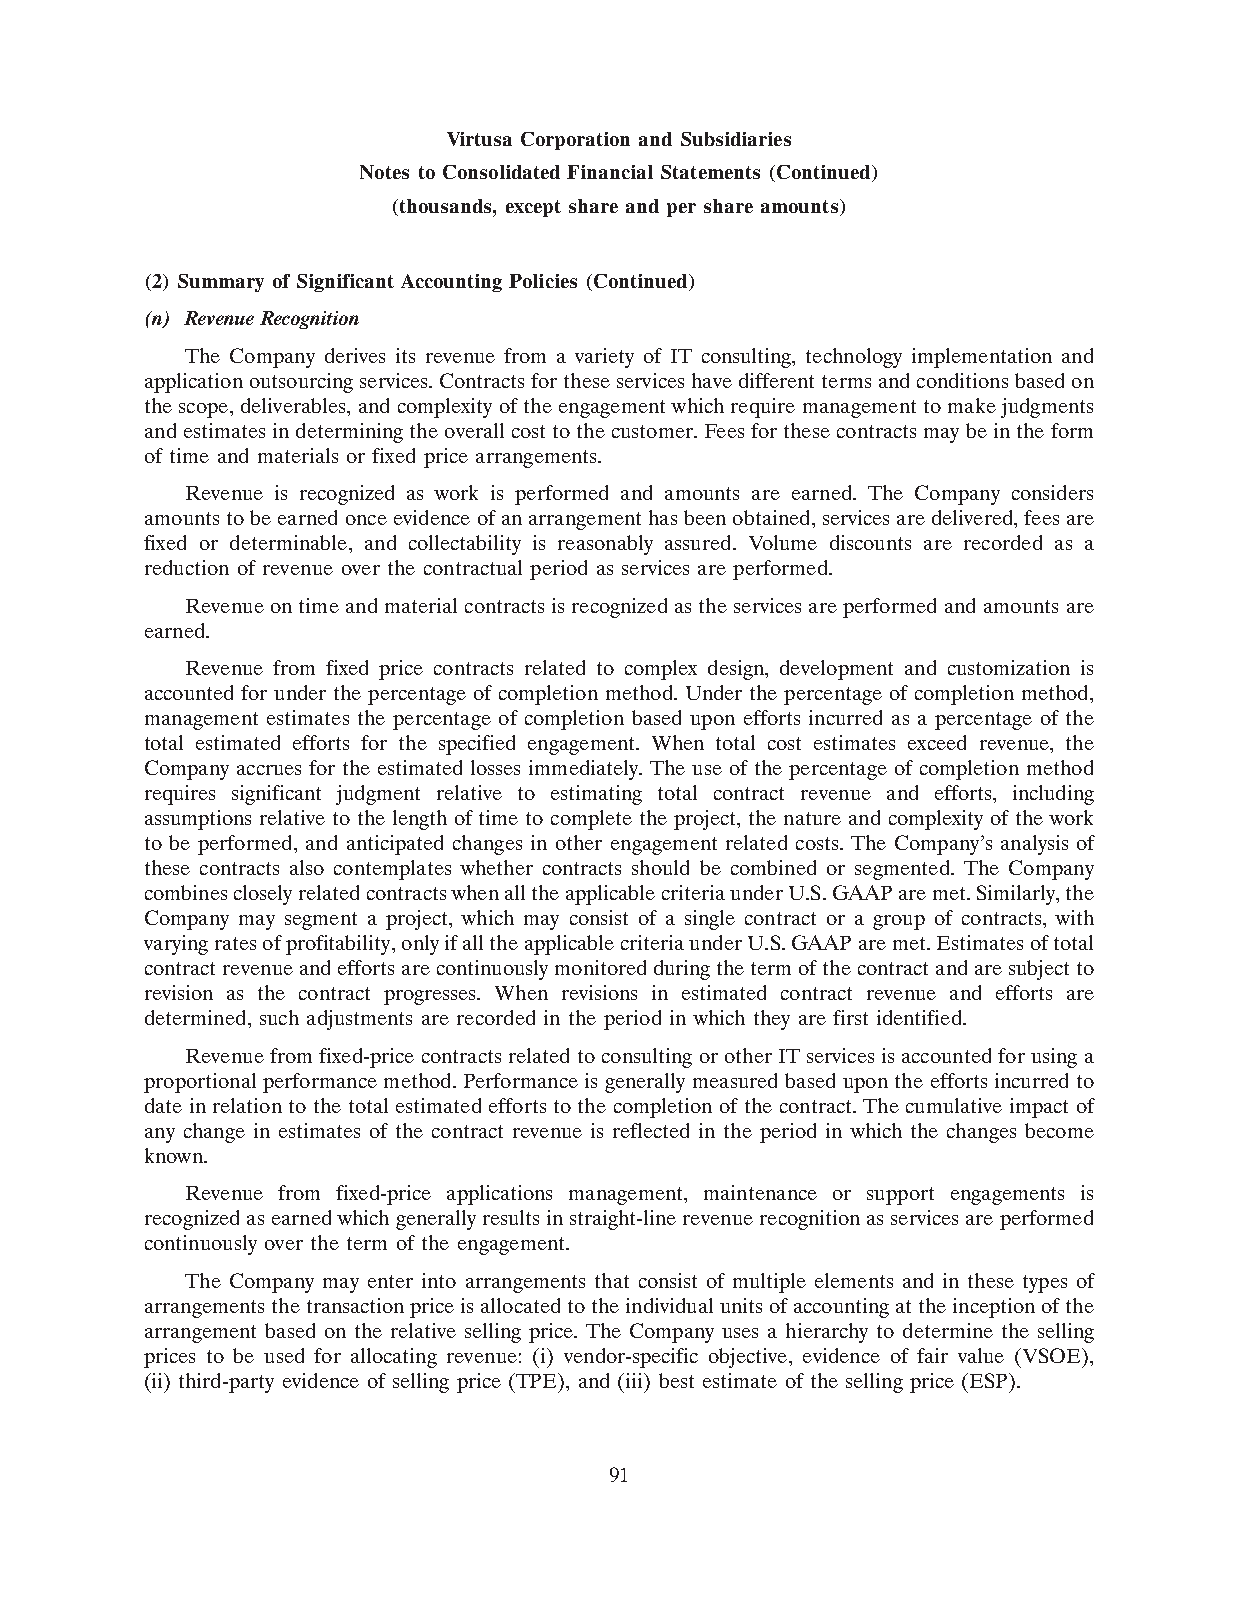
Virtusa Corporation and Subsidiaries
 Notes to Consolidated Financial Statements (Continued)
 (thousands, except share and per share amounts)
 (2) Summary of Significant Accounting Policies (Continued)
 (n) Revenue Recognition
 The Company derives its revenue from a variety of IT consulting, technology implementation and
 application outsourcing services. Contracts for these services have different terms and conditions based on
 the scope, deliverables, and complexity of the engagement which require management to make judgments
 and estimates in determining the overall cost to the customer. Fees for these contracts may be in the form
 of time and materials or fixed price arrangements.
 Revenue is recognized as work is performed and amounts are earned. The Company considers
 amounts to be earned once evidence of an arrangement has been obtained, services are delivered, fees are
 fixed or determinable, and collectability is reasonably assured. Volume discounts are recorded as a
 reduction of revenue over the contractual period as services are performed.
 Revenue on time and material contracts is recognized as the services are performed and amounts are
 earned.
 Revenue from fixed price contracts related to complex design, development and customization is
 accounted for under the percentage of completion method. Under the percentage of completion method,
 management estimates the percentage of completion based upon efforts incurred as a percentage of the
 total estimated efforts for the specified engagement. When total cost estimates exceed revenue, the
 Company accrues for the estimated losses immediately. The use of the percentage of completion method
 requires significant judgment relative to estimating total contract revenue and efforts, including
 assumptions relative to the length of time to complete the project, the nature and complexity of the work
 to be performed, and anticipated changes in other engagement related costs. The Company’s analysis of
 these contracts also contemplates whether contracts should be combined or segmented. The Company
 combines closely related contracts when all the applicable criteria under U.S. GAAP are met. Similarly, the
 Company may segment a project, which may consist of a single contract or a group of contracts, with
 varying rates of profitability, only if all the applicable criteria under U.S. GAAP are met. Estimates of total
 contract revenue and efforts are continuously monitored during the term of the contract and are subject to
 revision as the contract progresses. When revisions in estimated contract revenue and efforts are
 determined, such adjustments are recorded in the period in which they are first identified.
 Revenue from fixed-price contracts related to consulting or other IT services is accounted for using a
 proportional performance method. Performance is generally measured based upon the efforts incurred to
 date in relation to the total estimated efforts to the completion of the contract. The cumulative impact of
 any change in estimates of the contract revenue is reflected in the period in which the changes become
 known.
 Revenue from fixed-price applications management, maintenance or support engagements is
 recognized as earned which generally results in straight-line revenue recognition as services are performed
 continuously over the term of the engagement.
 The Company may enter into arrangements that consist of multiple elements and in these types of
 arrangements the transaction price is allocated to the individual units of accounting at the inception of the
 arrangement based on the relative selling price. The Company uses a hierarchy to determine the selling
 prices to be used for allocating revenue: (i) vendor-specific objective, evidence of fair value (VSOE),
 (ii) third-party evidence of selling price (TPE), and (iii) best estimate of the selling price (ESP).
 91